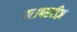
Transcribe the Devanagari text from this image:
परापरटीज़